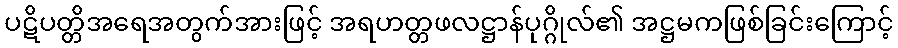
ပဋိပတ္တိအရေအတွက်အားဖြင့် အရဟတ္တဖလဋ္ဌာန်ပုဂ္ဂိုလ်၏ အဋ္ဌမကဖြစ်ခြင်းကြောင့်